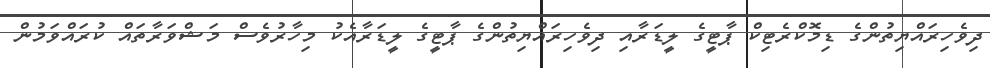
ދިވެހިރައްޔިތުންގެ ޑިމޮކްރެޓިކް ޕާޓީގެ ލީޑަރާއި ދިވެހިރައްޔިތުންގެ ޕާޓީގެ ލީޑަރާއެކު މިހާރުވެސް މަޝްވަރާތައް ކުރައްވަމުން